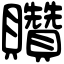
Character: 𧹏